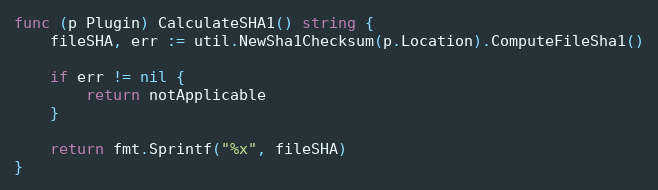
Language: Go
func (p Plugin) CalculateSHA1() string {
	fileSHA, err := util.NewSha1Checksum(p.Location).ComputeFileSha1()

	if err != nil {
		return notApplicable
	}

	return fmt.Sprintf("%x", fileSHA)
}